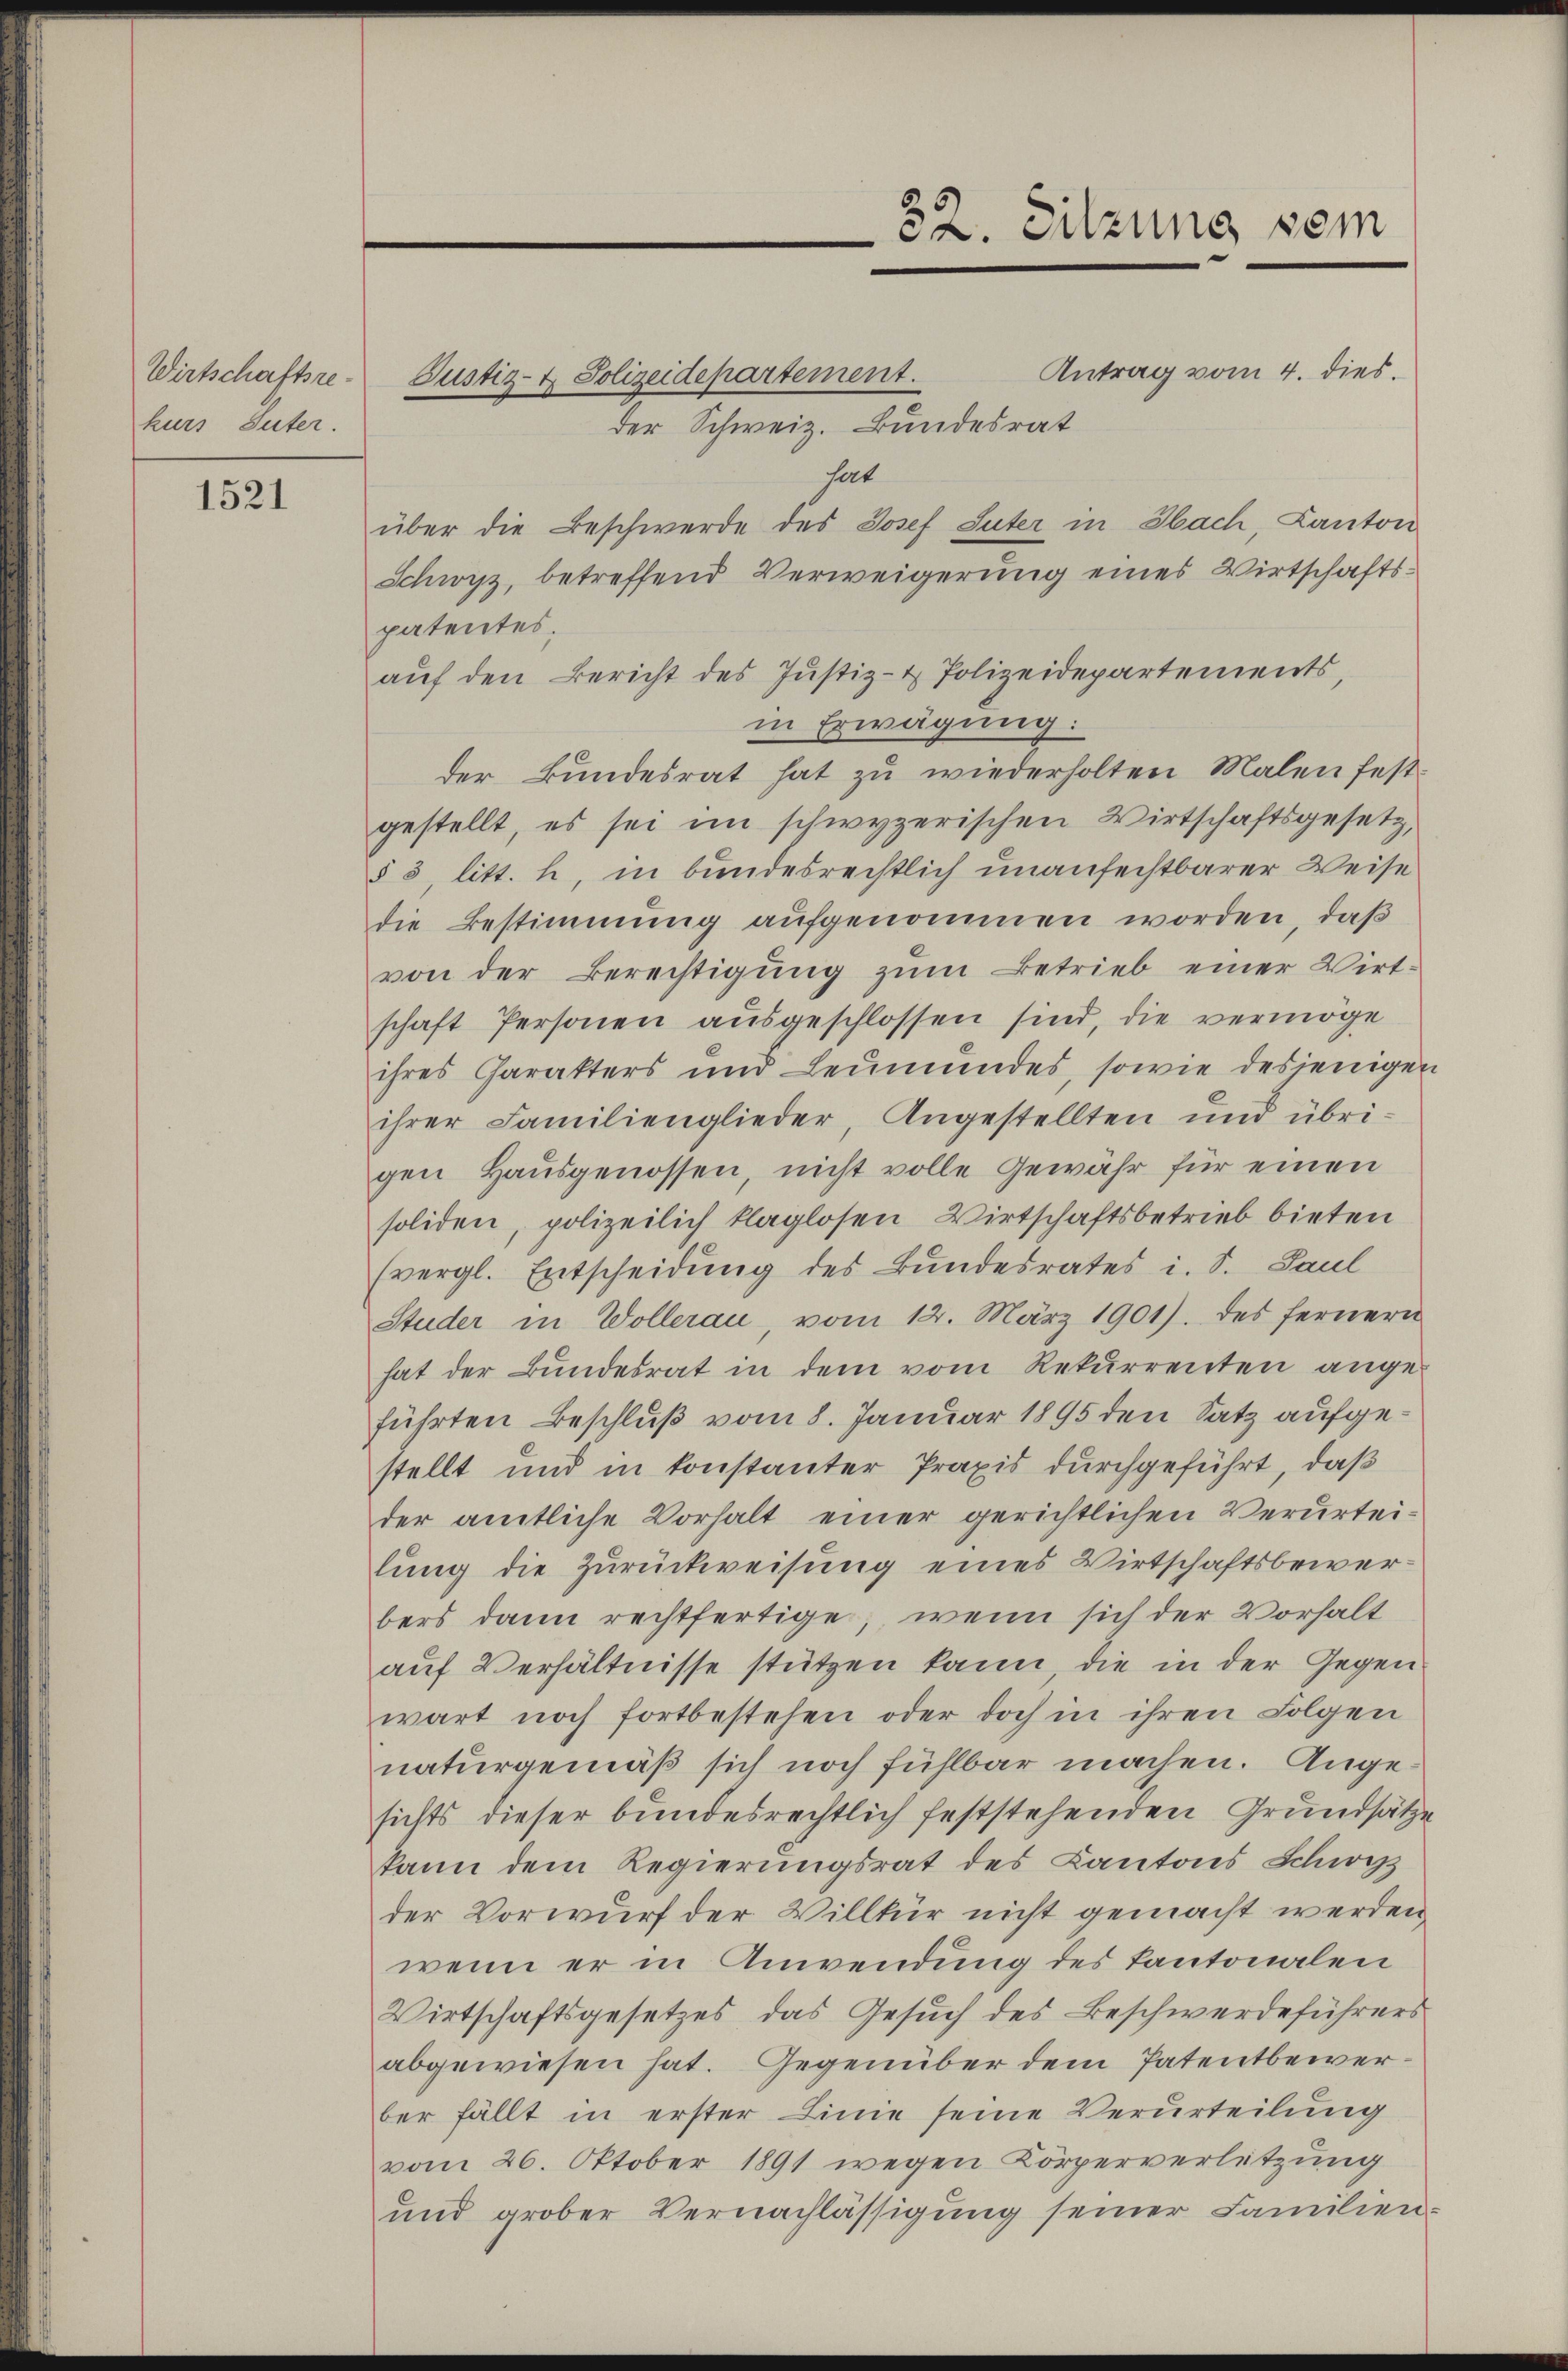
Wirtschaftsrekurs Suter.

1521

Antrag vom 4. dies.
Justiz- & Polizeidepartement.
der Schweiz. Bundesrat
hat
über die Beschwerde des Josef Suter in Sach, Kanton
Schwyz, betreffend Verweigerung eines Wirtschaftspatentes.
aŭf den Bericht des Justiz- & Polizeidepartements,
in Erwägung:
der Bundesrat hat zu wiederholten Malen fest-
gestellt, es sei im schwyzerischen Wirtschaftsgesetz,
§ 3 litt. h, in bundesrechtlich unanfechtbarer Weise
die Bestimmung aufgenommen worden, daß
von der Berechtigung zŭm Betrieb einer Wirt-
schaft Personen ausgeschlossen sind, die vermöge
ihres Charakters und Leŭmŭndes, sowie desjenigen
ihrer Familienglieder, Angestellten und übri-
gen Hausgenossen, nicht volle Gewähr für einen
soliden, polizeilich klaglosen Wirtschaftsbetrieb bieten
(vergl. Entscheidung des Bundesrates i. S. Paul
Studer in Wollerau vom 12. März 1901). des fernern
hat der Bundesrat in dem vom Rekurrenten angeführten Beschluß vom 8. Januar 1895 den Satz aufgestellt und in konstanter Praxis durchgeführt, daß
der amtliche Vorhalt einer gerichtlichen Verurteilung die Zurückweisung eines Wirtschaftsbewerbers dann rechtfertige, wenn sich der Vorhalt
aŭf Verhältnisse stützen kann, die in der Gegen
wart noch fortbestehen oder doch in ihren Folgen
naturgemäß sich noch fühlbar machen. Angesichts dieser bundesrechtlich feststehenden Grundsätze
kann dem Regierungsrat des Kantons Schwyz
der Vorwurf der Villkür nicht gemacht werden
wenn er in Anwendung des Kantonalen
Wirtschaftsgesetzes das Gesuch des Beschwerdeführers
abgewiesen hat. Gegenüber dem Patentbewerber fällt in erster Linie seine Verurteilung
vom 26. Oktober 1891 wegen Körperverletzung
und grober Vernachlässigung seiner Familien-

32. Sitzung som